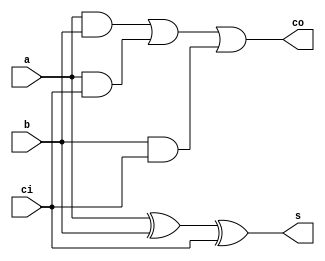
module full_adder_one (a, b, ci, co, s);

  input a, b, ci;
  output co, s;
  wire ab, aci, bci;

  and (ab, a, b);
  and (aci, a, ci);
  and (bci, b, ci);
  or (co, ab, aci, bci);
  xor (s, a, b, ci);

endmodule // full_add_one